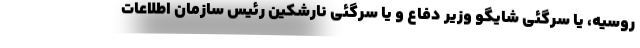
روسیه، یا سرگئی شایگو وزیر دفاع و یا سرگئی نارشکین رئیس سازمان اطلاعات